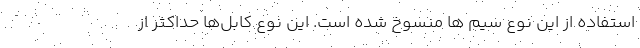
استفاده از این نوع سیم ها منسوخ شده است. این نوع کابل‌ها حداکثر از